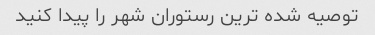
توصیه شده ترین رستوران شهر را پیدا کنید